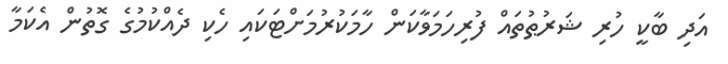
އަދި ބާކީ ހުރި ޝަރުޠުތައް ފުރިހަމަވާކަން ހާމަކުރުމަށްޓަކައި ހެކި ދެއްކުމުގެ ގޮތުން އެކަމާ